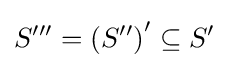
S^{\prime \prime \prime }=\left(S^{\prime \prime }\right)^{\prime }\subseteq S^{\prime }